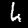
Label: 4